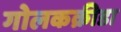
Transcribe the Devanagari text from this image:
गोलकक्रीडा